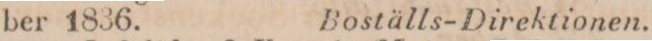
ber 1836.    Boställs-Direktionen.